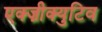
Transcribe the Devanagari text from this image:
एक्ज़ीक्युटिव